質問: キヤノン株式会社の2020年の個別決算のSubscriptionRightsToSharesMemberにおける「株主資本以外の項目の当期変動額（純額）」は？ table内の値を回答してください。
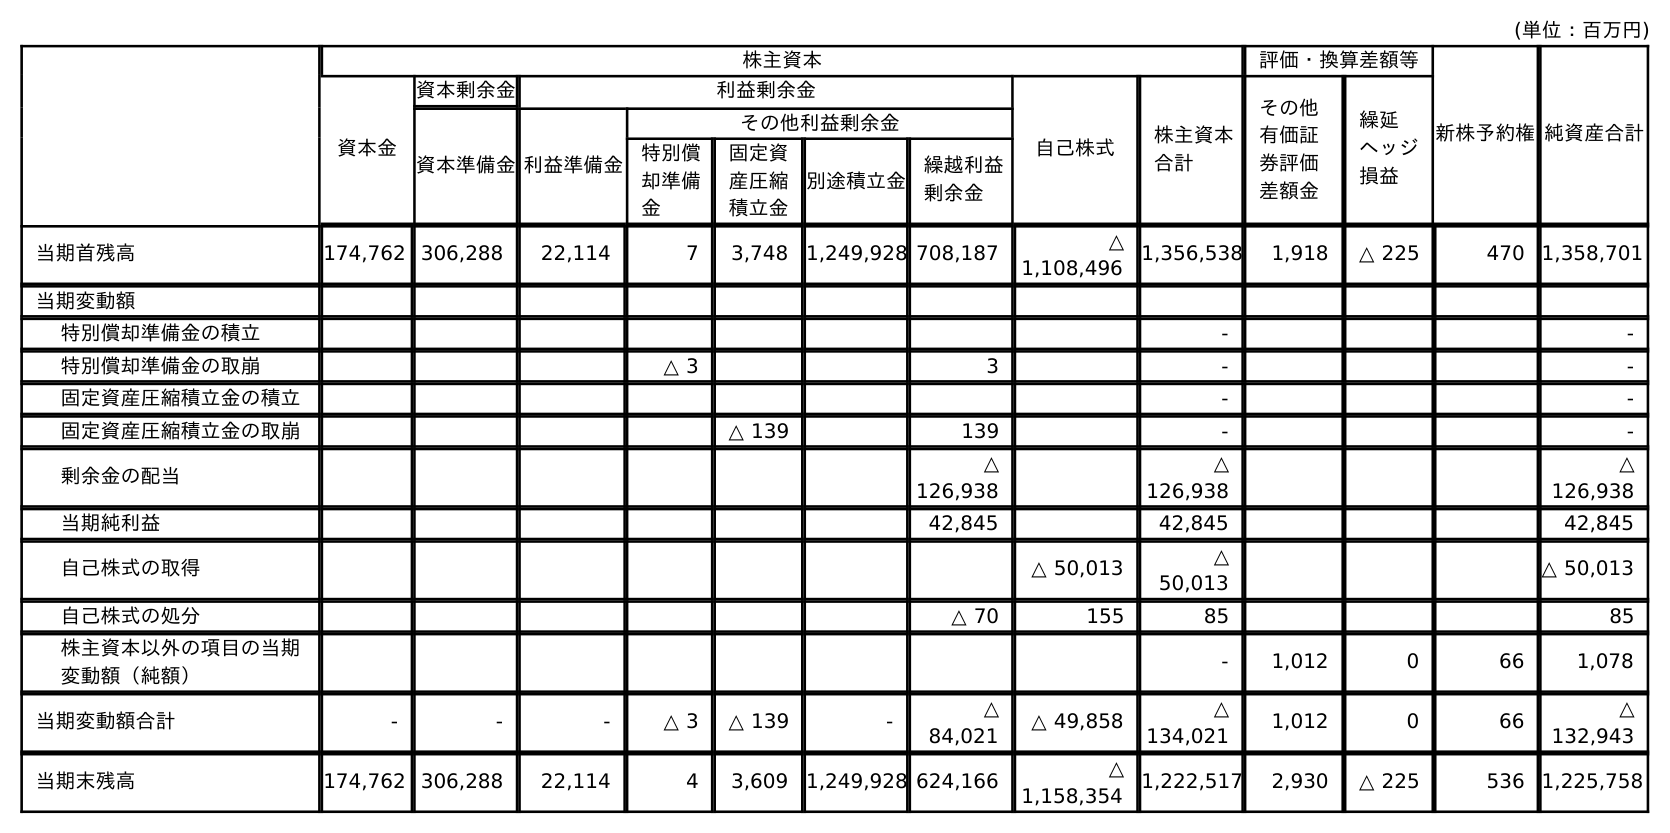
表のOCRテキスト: (単位：百万円) 株主資本 評価・換算差額等 新株予約権純資産合計 資本金 資本剰余金 利益剰余金 自己株式 株主資本 合計 その他 有価証 券評価 差額金 繰延 ヘッジ 損益 資本準備金利益準備金 その他利益剰余金 特別償 却準備 金 固定資 産圧縮 積立金 別途積立金 繰越利益 剰余金 当期首残高 174,762 306,288 22,114 7 3,748 1,249,928 708,187 △ 1,108,496 1,356,538 1,918 △ 225 470 1,358,701 当期変動額 特別償却準備金の積立 - - 特別償却準備金の取崩 △ 3 3 - - 固定資産圧縮積立金の積立 - - 固定資産圧縮積立金の取崩 △ 139 139 - - 剰余金の配当 △ 126,938 △ 126,938 △ 126,938 当期純利益 42,845 42,845 42,845 自己株式の取得 △ 50,013 △ 50,013 △ 50,013 自己株式の処分 △ 70 155 85 85 株主資本以外の項目の当期 変動額（純額） - 1,012 0 66 1,078 当期変動額合計 - - - △ 3 △ 139 - △ 84,021 △ 49,858 △ 134,021 1,012 0 66 △ 132,943 当期末残高 174,762 306,288 22,114 4 3,609 1,249,928 624,166 △ 1,158,354 1,222,517 2,930 △ 225 536 1,225,758
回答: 66